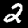
Label: 2